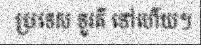
ប្រទេស ទួរគី ទៅហើយ។